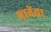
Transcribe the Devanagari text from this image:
भावेंचा